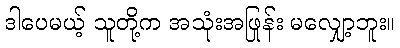
ဒါပေမယ့် သူတို့က အသုံးအဖြုန်း မလျှော့ဘူး။